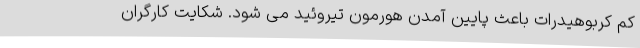
کم کربوهیدرات باعث پایین آمدن هورمون تیروئید می شود. شکایت کارگران